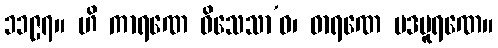
၁၁၉၇။ ဟိ ကာရဏေ ဝိသေသာ’ဝ၊ ဓာရဏေ ပဒပူရဏေ။